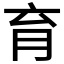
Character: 育